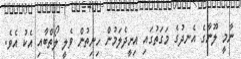
ނާމީ ލޫނާގެ އެނދުގެ މަގަތުގައި އިށީދެލަމުން ހިނިތުން ވެލީ ލޯތްބާއި އެކު އެވެ.